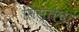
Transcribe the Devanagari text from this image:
सिस्लेचा